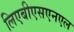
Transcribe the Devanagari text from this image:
लिएबीएसएनएल